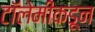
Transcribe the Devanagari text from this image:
टॉलेमीकडून